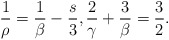
\begin{align*}\frac{1}{\rho}=\frac{1}{\beta}-\frac{s}{3}, \frac{2}{\gamma}+\frac{3}{\beta}=\frac{3}{2}.\end{align*}